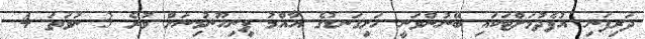
ދަރިފަނި އުފެދުމަށްޓަކައި ބޭނުންވަނީ ހަށިގަނޑުގެ އާއްމު ފިނިހޫނުމިނަށް ވުރެ 3 ނުވަތަ 4